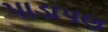
પાડાપણ